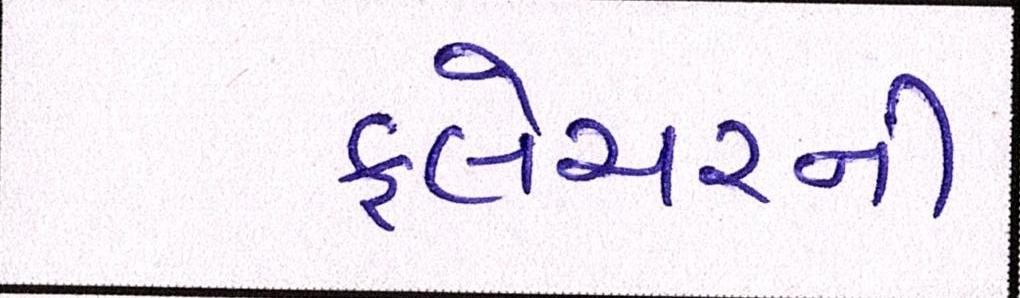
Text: ફ્લેચરની